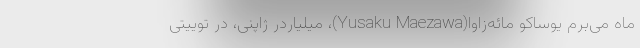
ماه می‌برم یوساکو مائه‌زاوا(Yusaku Maezawa)، میلیاردر ژاپنی، در توییتی